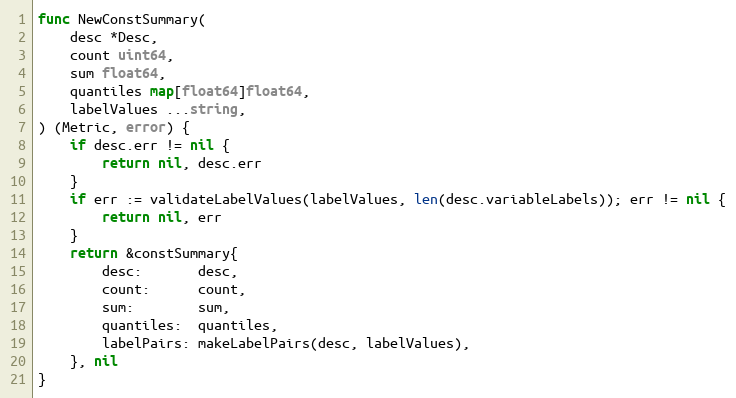
Language: Go
func NewConstSummary(
	desc *Desc,
	count uint64,
	sum float64,
	quantiles map[float64]float64,
	labelValues ...string,
) (Metric, error) {
	if desc.err != nil {
		return nil, desc.err
	}
	if err := validateLabelValues(labelValues, len(desc.variableLabels)); err != nil {
		return nil, err
	}
	return &constSummary{
		desc:       desc,
		count:      count,
		sum:        sum,
		quantiles:  quantiles,
		labelPairs: makeLabelPairs(desc, labelValues),
	}, nil
}